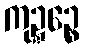
ကုဍ္ဍဉ္စေ